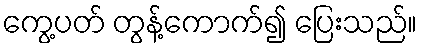
ကွေ့ပတ် တွန့်ကောက်၍ ပြေးသည်။